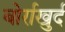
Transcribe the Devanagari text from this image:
बोर्राखुर्द